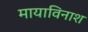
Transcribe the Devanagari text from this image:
मायाविनाश